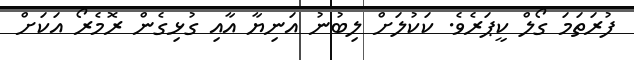
ފުރަތަމަ ގޯލް ކީޕަރެވެ. ކަކުލަށް ލިބުނު އަނިޔާ އާއި ގުޅިގެން ރޮމެރޯ އަކަށް